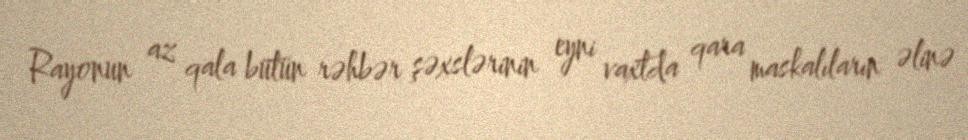
Rayonun az qala bütün rəhbər şəxslərinin eyni vaxtda qara maskalıların əlinə